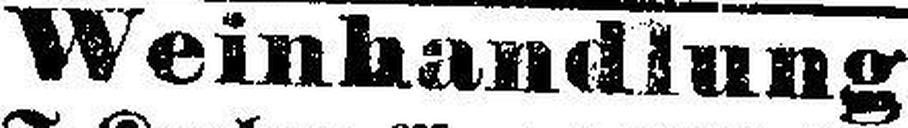
Weinhandlung